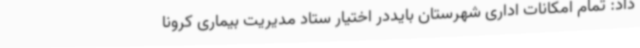
داد: تمام امکانات اداری شهرستان بایددر اختیار ستاد مدیریت بیماری کرونا